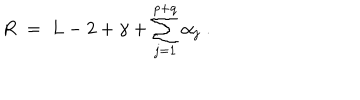
R \; = \; L - 2 + \gamma + \sum _ { j = 1 } ^ { p + q } \alpha _ { j } \; .